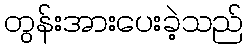
တွန်းအားပေးခဲ့သည်